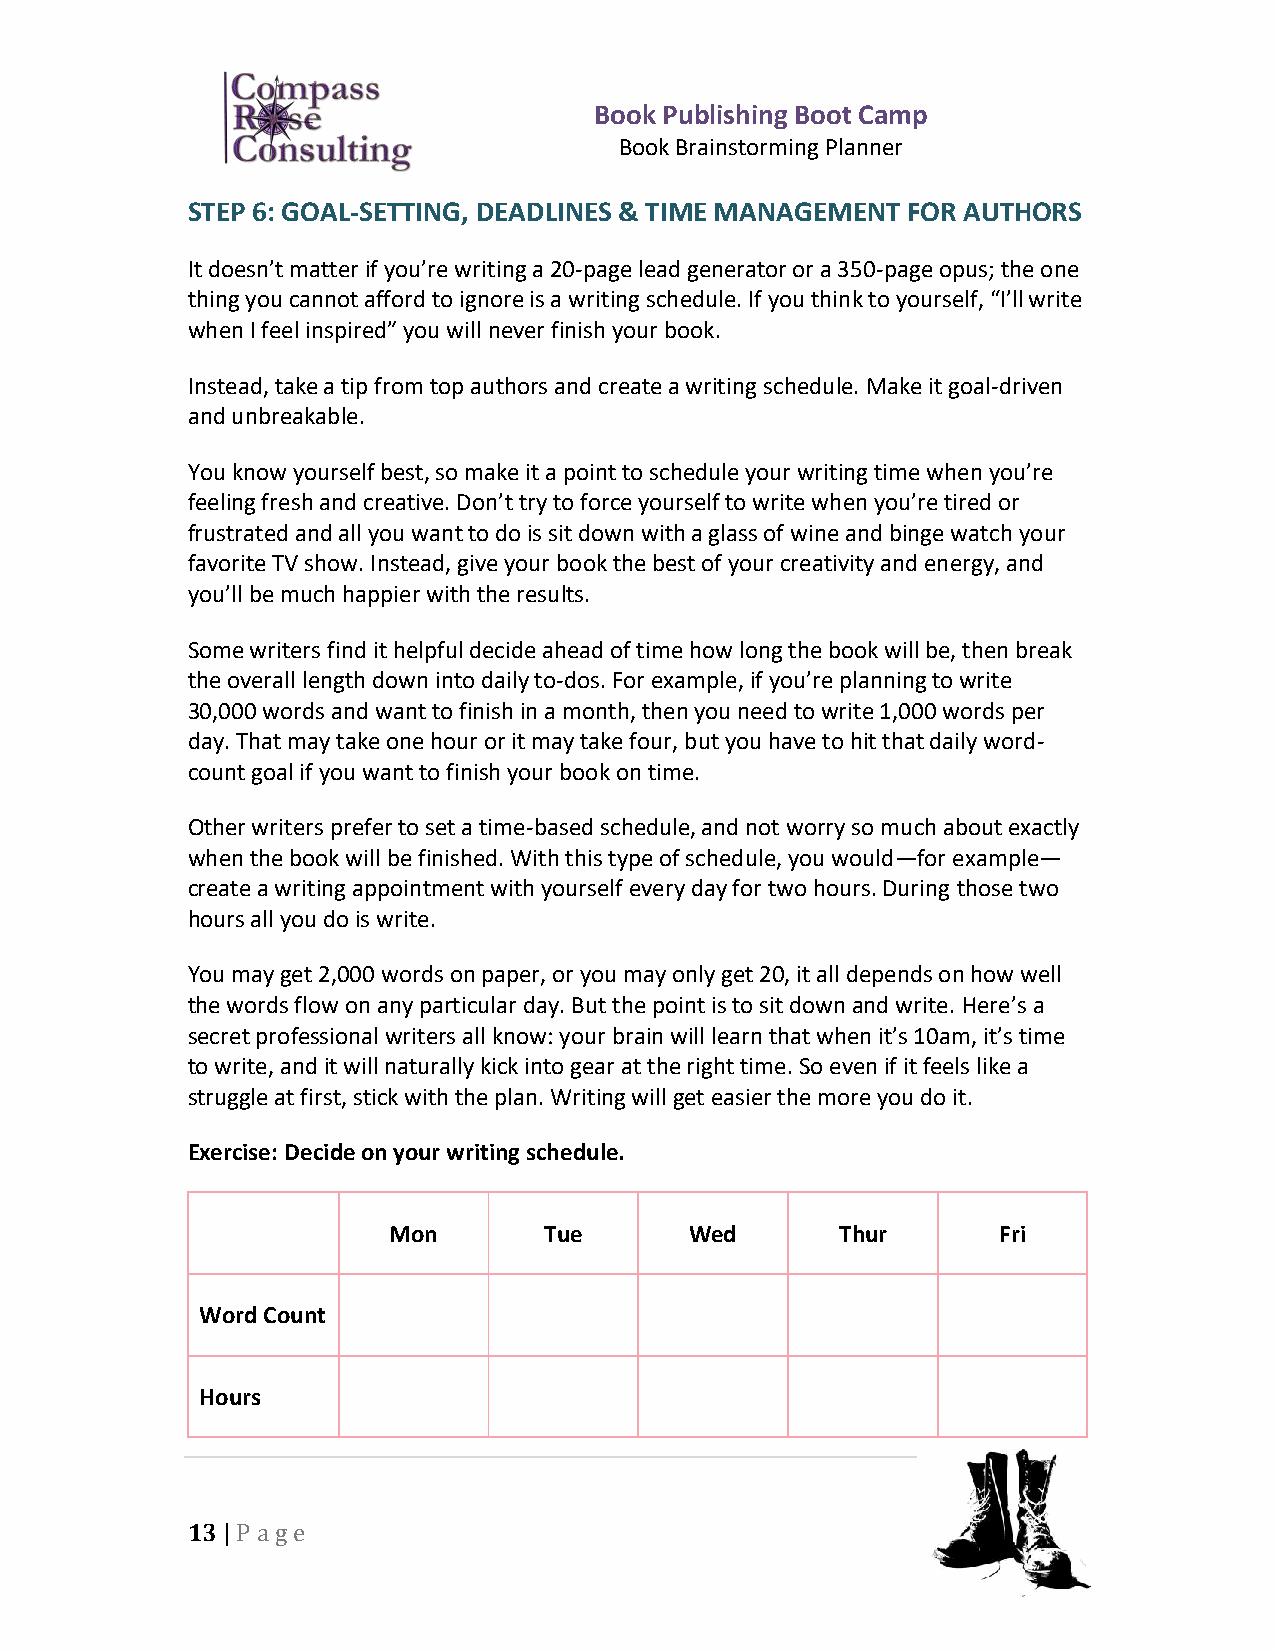
Book Publishing Boot Camp
 Book Brainstorming Planner
 STEP 6: GOAL-SETTING, DEADLINES & TIME MANAGEMENT FOR AUTHORS
 It doesn’t matter if you’re writing a 20-page lead generator or a 350-page opus; the one
 thing you cannot afford to ignore is a writing schedule. If you think to yourself, “I’ll write
 when I feel inspired” you will never finish your book.
 Instead, take a tip from top authors and create a writing schedule. Make it goal-driven
 and unbreakable.
 You know yourself best, so make it a point to schedule your writing time when you’re
 feeling fresh and creative. Don’t try to force yourself to write when you’re tired or
 frustrated and all you want to do is sit down with a glass of wine and binge watch your
 favorite TV show. Instead, give your book the best of your creativity and energy, and
 you’ll be much happier with the results.
 Some writers find it helpful decide ahead of time how long the book will be, then break
 the overall length down into daily to-dos. For example, if you’re planning to write
 30,000 words and want to finish in a month, then you need to write 1,000 words per
 day. That may take one hour or it may take four, but you have to hit that daily word-
 count goal if you want to finish your book on time.
 Other writers prefer to set a time-based schedule, and not worry so much about exactly
 when the book will be finished. With this type of schedule, you would—for example—
 create a writing appointment with yourself every day for two hours. During those two
 hours all you do is write.
 You may get 2,000 words on paper, or you may only get 20, it all depends on how well
 the words flow on any particular day. But the point is to sit down and write. Here’s a
 secret professional writers all know: your brain will learn that when it’s 10am, it’s time
 to write, and it will naturally kick into gear at the right time. So even if it feels like a
 struggle at first, stick with the plan. Writing will get easier the more you do it.
 Exercise: Decide on your writing schedule.
 Mon       Tue       Wed       Thur      Fri
 Word Count
 Hours
 13 | P a ge